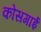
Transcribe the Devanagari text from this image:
कोसगाई